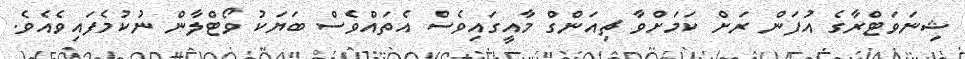
ޝިނަވަޓްރާގެ އުފަން ރަށް ކަމަށްވާ ޗިއަންގް މާއީގައިވެސް އެތައްވެސް ބަޔަކު ވޯޓްލާން ނުކުމެފައިވެއެވެ.